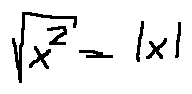
\sqrt { x ^ { 2 } } = | x |